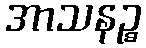
အာသနဉ္စ